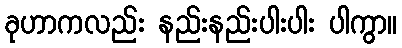
ခုဟာကလည်း နည်းနည်းပါးပါး ပါကွာ။